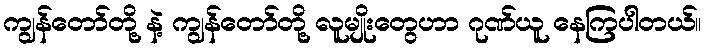
ကျွန်တော်တို့ နဲ့ ကျွန်တော်တို့ လူမျိုးတွေဟာ ဂုဏ်ယူ နေကြပါတယ်။